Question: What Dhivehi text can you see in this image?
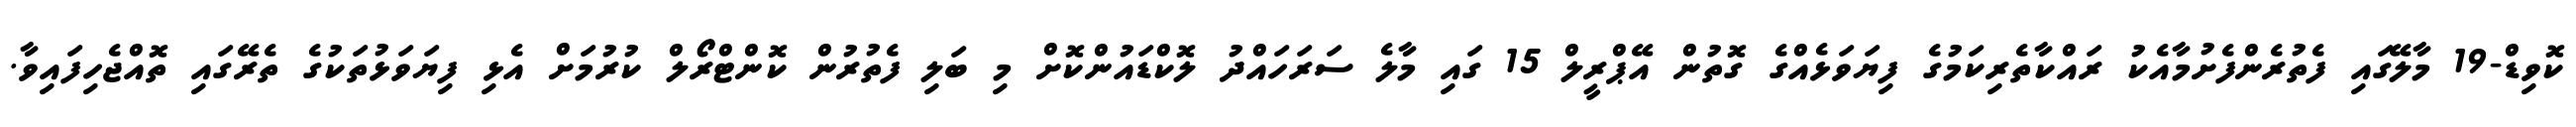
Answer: ކޮވިޑް-19 މާލޭގައި ފެތުރެންފެށުމާއެކު ރައްކާތެރިކަމުގެ ފިޔަވަޅެއްގެ ގޮތުން އޭޕްރީލް 15 ގައި މާލެ ސަރަހައްދު ލޮކްޑައުންކޮށް މި ބަލި ފެތުރުން ކޮންޓްރޯލް ކުރުމަށް އެޅި ފިޔަވަޅުތަކުގެ ތެރޭގައި ތޮއްޖެހިފައިވާ.